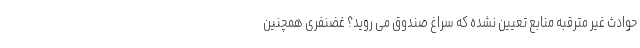
حوادث غیر مترقبه منابع تعیین نشده که سراغ صندوق می روید؟ غضنفری همچنین